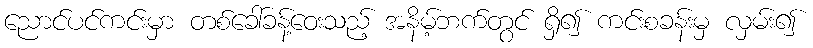
ညောင်ပင်ကင်းမှာ တစ်ခေါ်ခန့်ဝေးသည့် အနိမ့်ဘက်တွင် ရှိ၍ ကင်းစခန်းမှ လှမ်း၍